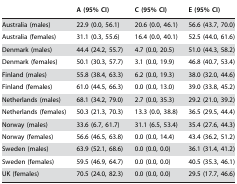
<table><thead><tr><td></td><td><b>A (95% CI)</b></td><td><b>C (95% CI)</b></td><td><b>E (95% CI)</b></td></tr></thead><tbody><tr><td>Australia (males)</td><td>22.9 (0.0, 56.1)</td><td>20.6 (0.0, 46.1)</td><td>56.6 (43.7, 70.0)</td></tr><tr><td>Australia (females)</td><td>31.1 (0.3, 55.6)</td><td>16.4 (0.0, 40.1)</td><td>52.5 (44.0, 61.6)</td></tr><tr><td>Denmark (males)</td><td>44.4 (24.2, 55.7)</td><td>4.7 (0.0, 20.5)</td><td>51.0 (44.3, 58.2)</td></tr><tr><td>Denmark (females)</td><td>50.1 (30.3, 57.7)</td><td>3.1 (0.0, 19.9)</td><td>46.8 (40.7, 53.4)</td></tr><tr><td>Finland (males)</td><td>55.8 (38.4, 63.3)</td><td>6.2 (0.0, 19.3)</td><td>38.0 (32.0, 44.6)</td></tr><tr><td>Finland (females)</td><td>61.0 (44.5, 66.3)</td><td>0.0 (0.0, 13.0)</td><td>39.0 (33.8, 45.2)</td></tr><tr><td>Netherlands (males)</td><td>68.1 (34.2, 79.0)</td><td>2.7 (0.0, 35.3)</td><td>29.2 (21.0, 39.2)</td></tr><tr><td>Netherlands (females)</td><td>50.3 (21.3, 70.3)</td><td>13.3 (0.0, 38.8)</td><td>36.5 (29.5, 44.4)</td></tr><tr><td>Norway (males)</td><td>33.6 (6.7, 61.7)</td><td>31.1 (6.5, 53.4)</td><td>35.4 (27.6, 44.3)</td></tr><tr><td>Norway (females)</td><td>56.6 (46.5, 63.8)</td><td>0.0 (0.0, 14.4)</td><td>43.4 (36.2, 51.2)</td></tr><tr><td>Sweden (males)</td><td>63.9 (52.1, 68.6)</td><td>0.0 (0.0, 0.0)</td><td>36.1 (31.4, 41.2)</td></tr><tr><td>Sweden (females)</td><td>59.5 (46.9, 64.7)</td><td>0.0 (0.0, 0.0)</td><td>40.5 (35.3, 46.1)</td></tr><tr><td>UK (females)</td><td>70.5 (24.0, 82.3)</td><td>0.0 (0.0, 0.0)</td><td>29.5 (17.7, 46.6)</td></tr></tbody></table>